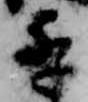
季